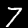
Label: 7